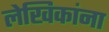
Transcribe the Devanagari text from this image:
लेखिकांना